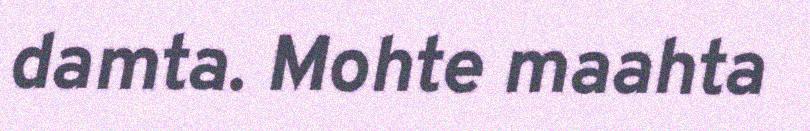
damta. Mohte maahta